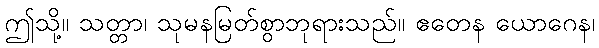
ဤသို့။ သတ္တာ၊ သုမနမြတ်စွာဘုရားသည်။ ဧတေန ယောဂေန၊